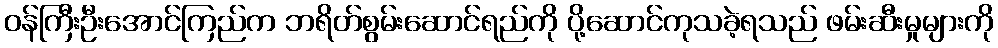
ဝန်ကြီးဦးအောင်ကြည်က ဘရိတ်စွမ်းဆောင်ရည်ကို ပို့ဆောင်ကုသခဲ့ရသည် ဖမ်းဆီးမှုများကို